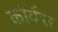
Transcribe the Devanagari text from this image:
कॉर्वस